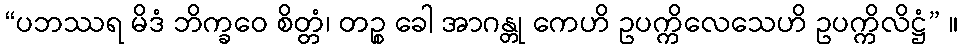
“ပဘဿရ မိဒံ ဘိက္ခဝေ စိတ္တံ၊ တဉ္စ ခေါ အာဂန္တု ကေဟိ ဥပက္ကိလေသေဟိ ဥပက္ကိလိဋ္ဌံ” ။